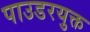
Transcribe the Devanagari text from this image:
पाउडरयुक्त